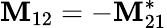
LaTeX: \mathbf{M}_{12}=-\mathbf{M}_{21}^{*}